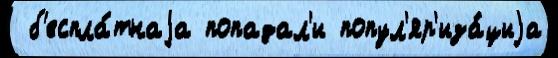
 б'еспла́тнаjа попадал'и попул'яр'иза́циjа